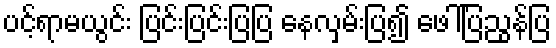
ပင့်ရာမယွင်း ပြင်းပြင်းပြပြ နေလှမ်းပြ၍ ဖေါ်ပြညွန်ပြ